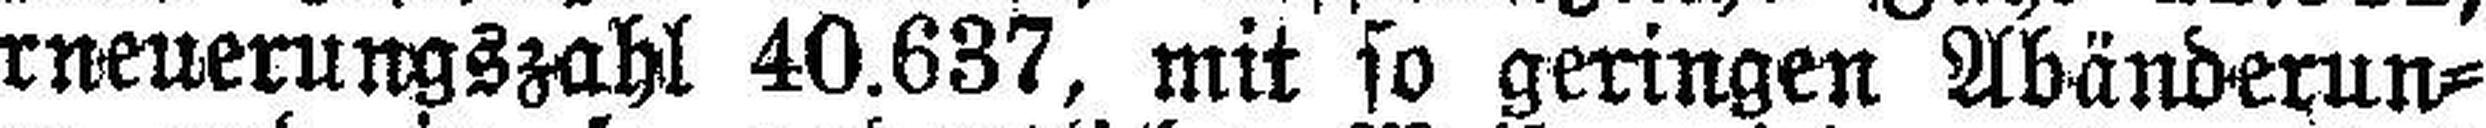
Erneuerungszahl 40.637, mit so geringen Abänderun¬